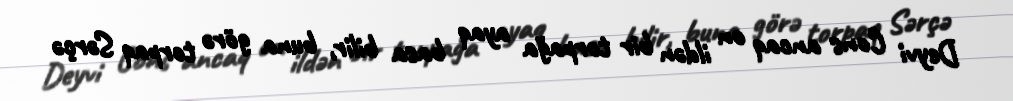
Deyvi Cons ancaq on ildən bir torpağa ayaq basa bilir, buna görə torpaq Sərçə